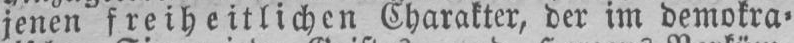
jenen freiheitlichen Charakter, der im demokra⸗